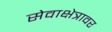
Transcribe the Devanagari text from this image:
सेवाक्षेत्रावर